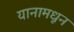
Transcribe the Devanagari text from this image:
यानामधून